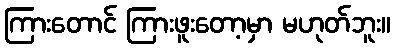
ကြားတောင် ကြားဖူးတော့မှာ မဟုတ်ဘူး။